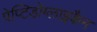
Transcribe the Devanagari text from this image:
पेप्टिडोग्लाइकैन